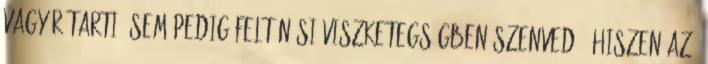
vagy rátarti, sem pedig feltűnési viszketegségben szenvedő, hiszen az,